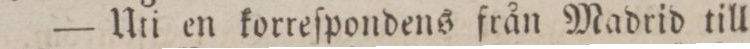
— Uti en korreſpondens från Madrid till